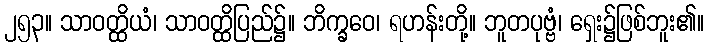
၂၅၃။ သာဝတ္ထိယံ၊ သာဝတ္ထိပြည်၌။ ဘိက္ခဝေ၊ ရဟန်းတို့။ ဘူတပုဗ္ဗံ၊ ရှေး၌ဖြစ်ဘူး၏။